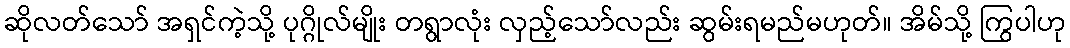
ဆိုလတ်သော် အရှင်ကဲ့သို့ ပုဂ္ဂိုလ်မျိုး တရွာလုံး လှည့်သော်လည်း ဆွမ်းရမည်မဟုတ်။ အိမ်သို့ ကြွပါဟု